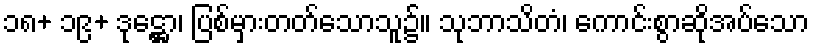
၁၈+ ၁၉+ ဒုဋ္ဌော၊ ပြစ်မှားတတ်သောသူ၌။ သုဘာသိတံ၊ ကောင်းစွာဆိုအပ်သော